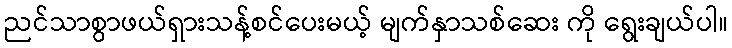
ညင်သာစွာဖယ်ရှားသန့်စင်ပေးမယ့် မျက်နှာသစ်ဆေး ကို ရွေးချယ်ပါ။